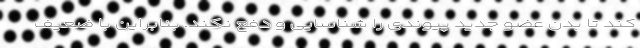
کند تا بدن عضو جدید پیوندی را شناسایی و دفع نکند. بنابراین با ضعیف